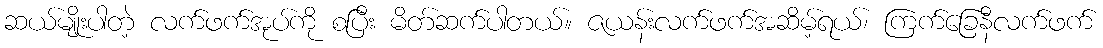
ဆယ်မျိုးပါတဲ့ လက်ဖက်အုပ်ကို စပြီး မိတ်ဆက်ပါတယ်။ ဇယန်းလက်ဖက်အဆိမ့်ရယ်၊ ကြက်ခြေနီလက်ဖက်